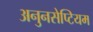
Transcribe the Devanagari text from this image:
अनुनसेप्टियम